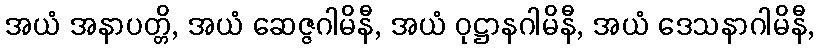
အယံ အနာပတ္တိ, အယံ ဆေဇ္ဇဂါမိနီ, အယံ ဝုဋ္ဌာနဂါမိနီ, အယံ ဒေသနာဂါမိနီ,